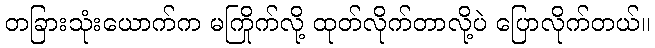
တခြားသုံးယောက်က မကြိုက်လို့ ထုတ်လိုက်တာလို့ပဲ ပြောလိုက်တယ်။